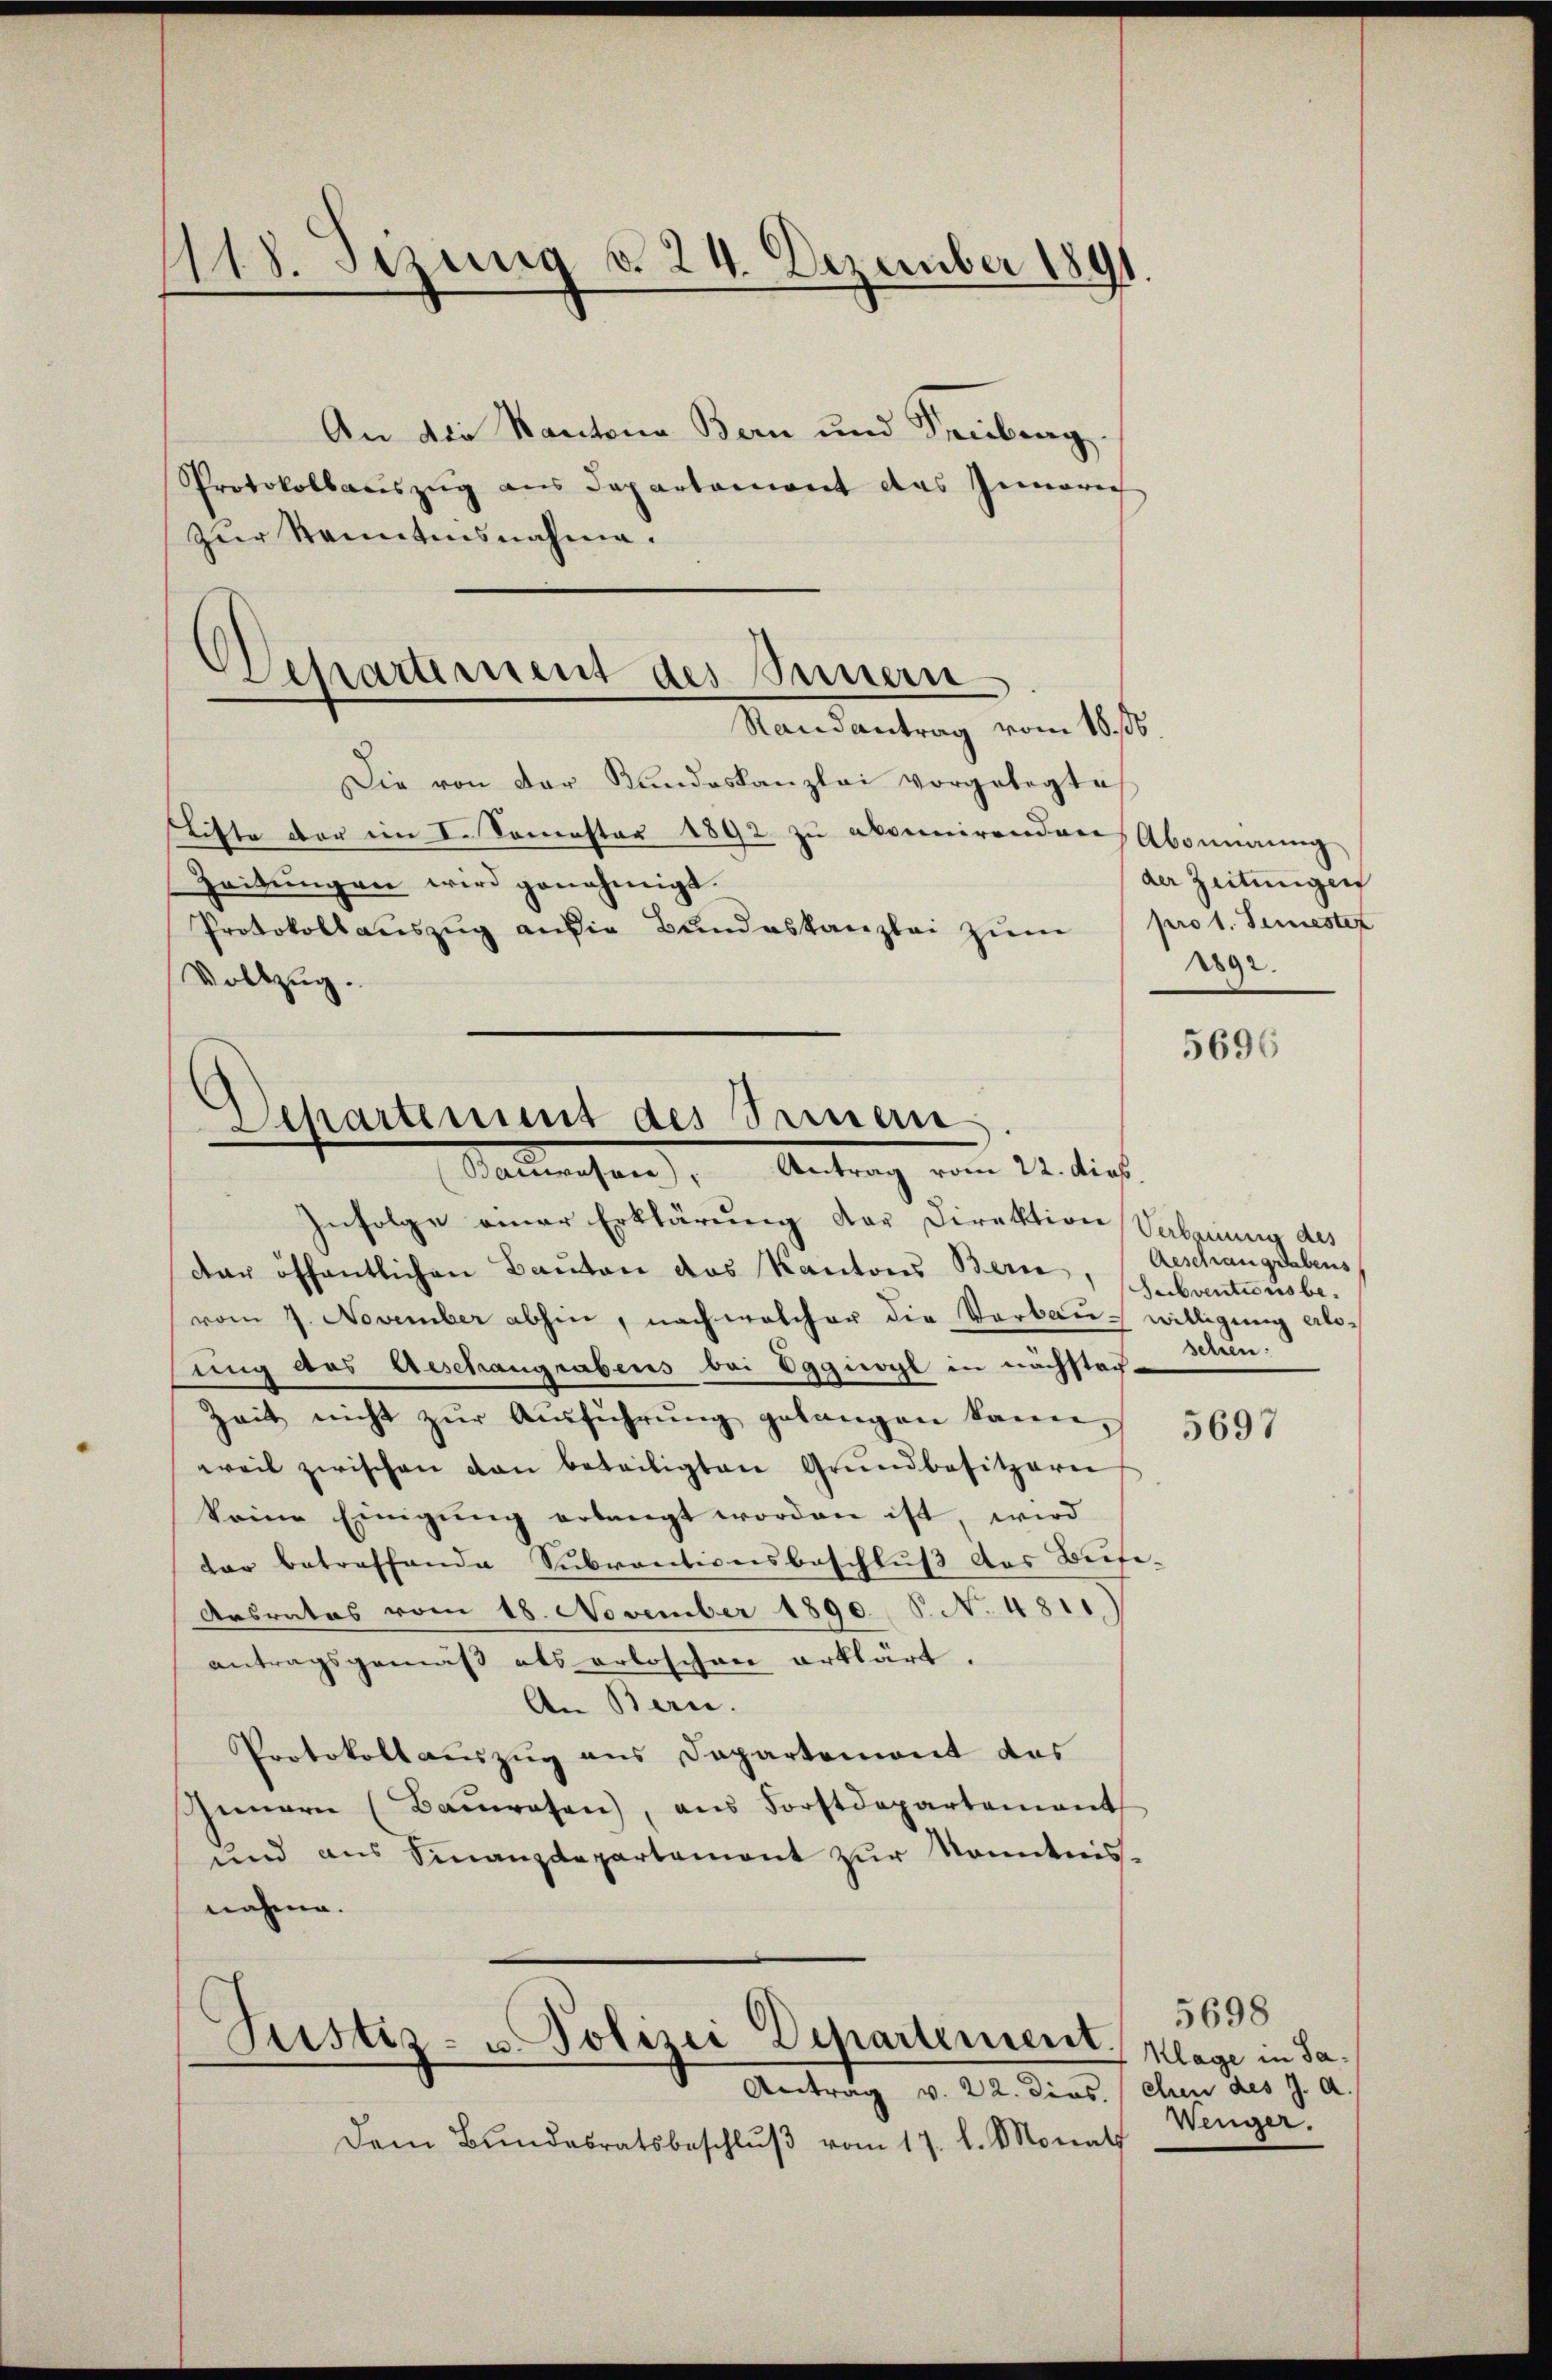
1118. Setzung v. 24. Dezember 1891.

.
Separtement des Innern
Randantrag vom 18. ds.

Departement des Sammern
Antrag vom 22. dies.
Salemachen

An die Kantone Bern und Freiburg.
Protokollauszug aus Departament das Gemarich
zur Kenntensnahme.
Die von der Kundeskanzlei vorgelegte
Liste der im I. Semester 1892 zu abonnirenden Abonnnung
Zeitŭngen wird genehmigt.
Protokoll aŭszŭg an die Bŭndeskanzlei zŭm (pro 1. Semester
Vollzug.

Infolge einer Erklärung der Direktion Sebennung des
der öffentlichen Bauten das Kantons Bern, Aeschrangsabens
vom 7. November abhin, nach welcher die Verbau- willigung erlosung des Geschaugrabens bei Eggiwyl in nächstag-
Zeit nicht zŭr Aŭsführŭng gelangen kann,
weil zwischen dan beteiligten Grŭndbesitzerni
keine Einigŭng erlangt worden ist, wird
tar betreffende Subventionsbeschluß des Bute¬
Ansrates vom 18. November 1890. §. N. 4811
antragsgemäβ als erloschen erklärt.
An Bern.
Protokollauszug aus Departemont das
Innern (Baŭwesen, ans Forstdepartement
und aus Finanzdepartement zŭr Kenntnis-
nahme.
Justiz- u. Polizei Departement, Klage in Sa¬
Antrag v. 22. Diesehen des J. A.
Dem Bŭndesratsbeschlŭβ vom 17. l. Monath

der Zeitungen
1892.

5696

Subventionsbe
schien:

5697

5698
Wenger.